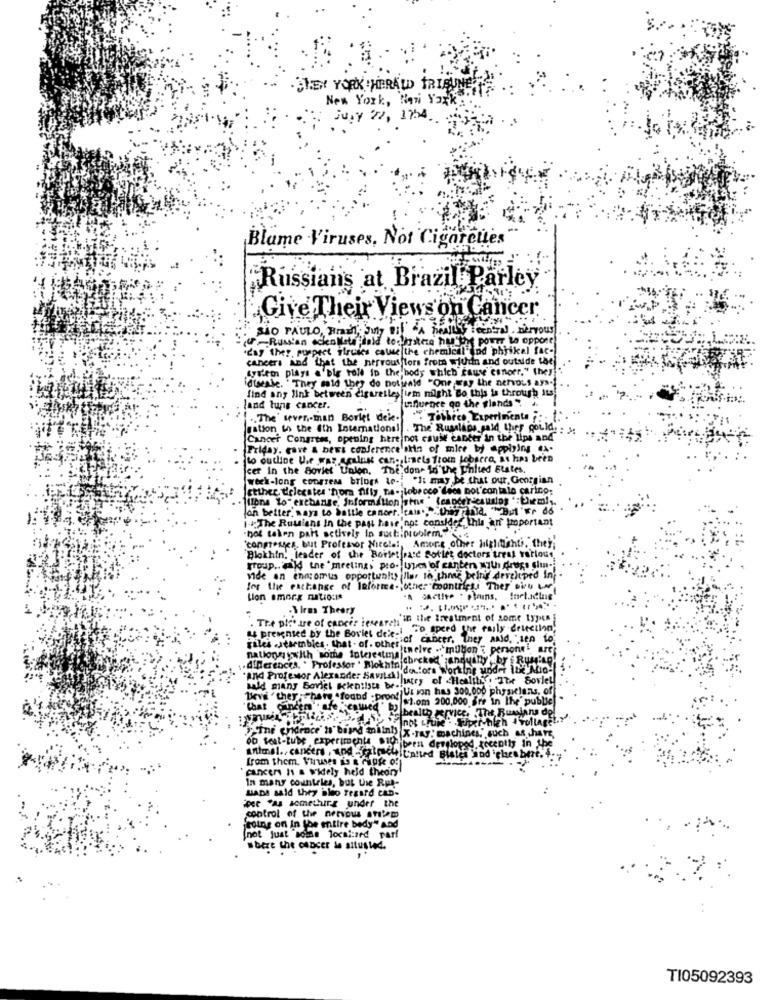
SHEN YORK HERALD TRIBUNE
New York, New York:".
July 77, 1254.
Blame Viruses, Not Cigarettes
Russians at Brazil Par
Give Their Views on Cancer
SÃO PAULO, HIGH July es LA REAL Tcentral nervous
-Russian adenklate hold tochestera the Put power to oppose
day the :, suspect viruses cause the chemical od phjikal fac-
cancers And that the nervousitors from within and outside the
System plays & 'bir toll in the body which cause esnoer." they
disease. They said they do notwald "One way the nehous ays -!
find any link between cigaretley irm might Bo this is through Its!
land tunis cancer.
unuence go the glands "
.. The seven ,- man Borlet deie-
gation in the 6th International
The Rus
RF GOL
Cancer Congress, opening here not cause can
er in the
Friday. cave & bews conference 'skin of mice
to outline U.e was apalast can- imets from Lobecca, at has been
cer in the Soviet Union, "The don" In the United States.
week-long congress brings to -; "It may be that our, Georgian
"I: may
that our, Georgian
Etthee delegates "hom fifly, ne- lobecco decs not'contalo carino:
(one to" exchange, Information sine " (eander-cautalos ":Ciem !..
Jon better, ways to battle cancer. tals .,. 0, id. But'wr do
14:The Russians In the past have'not consider this an joportant
hot taken part actively in suct :. problem."
congresses, but Professor Nicel .:, Among other highlights, they
Among other highitights, they;
Blokhin, leader of the Bordetfrase Sotlet doctors treat various,
group .. ald the 'meetings pro- types of canter with drugs sim-
Vide an enn:omus opportunity Ilar lo phme being developed in .
for the exchange of Informe. other moontriest They Diru Lar
Lion emorg nations
.Wirms Theory
. The picture of cancer Research in the treatment of some lyjen
& preignier by the Bovies deie -!
To speed the early detection,
y desection,
Files .Jearinbics . that . of. other of Cancer. They and, "Ien to
Mitnelve -milyon'{ person are
.diderences. * Professor . Blokhinichreked annually ,by f RuMian
"and Professor Alexander Savital" de.lors Working under Ite Aio-
Bald many Soviel Bienilste be -! intry of .He
The Sovle
Beval " they ; There .found - pron!)Ul Jon has 300,000 physicians, of
$1.om 200,
si.om 200,000 Bre in The public
oublie
"Chat cancer . she kem
health service. The, Buminns de
Yollase
"The endroce' I'bird milnl) x-ray: machines, such af .hart,
oo test-tube experiments $10hibern dersloped recently in the
animal .. cancers , And -calm chitatted Bistes ind icheabert. +
from them, Viruses is & Aupfe off
bene!
cancer Is a widely held theory
In many countries, but the Rut-
uaDe said they bleo regard can-
control of the nervous antem
Going on In the entire body" and
not just "soie localized parf
where the cancer in situsled.
T105092393